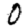
Digit: 0